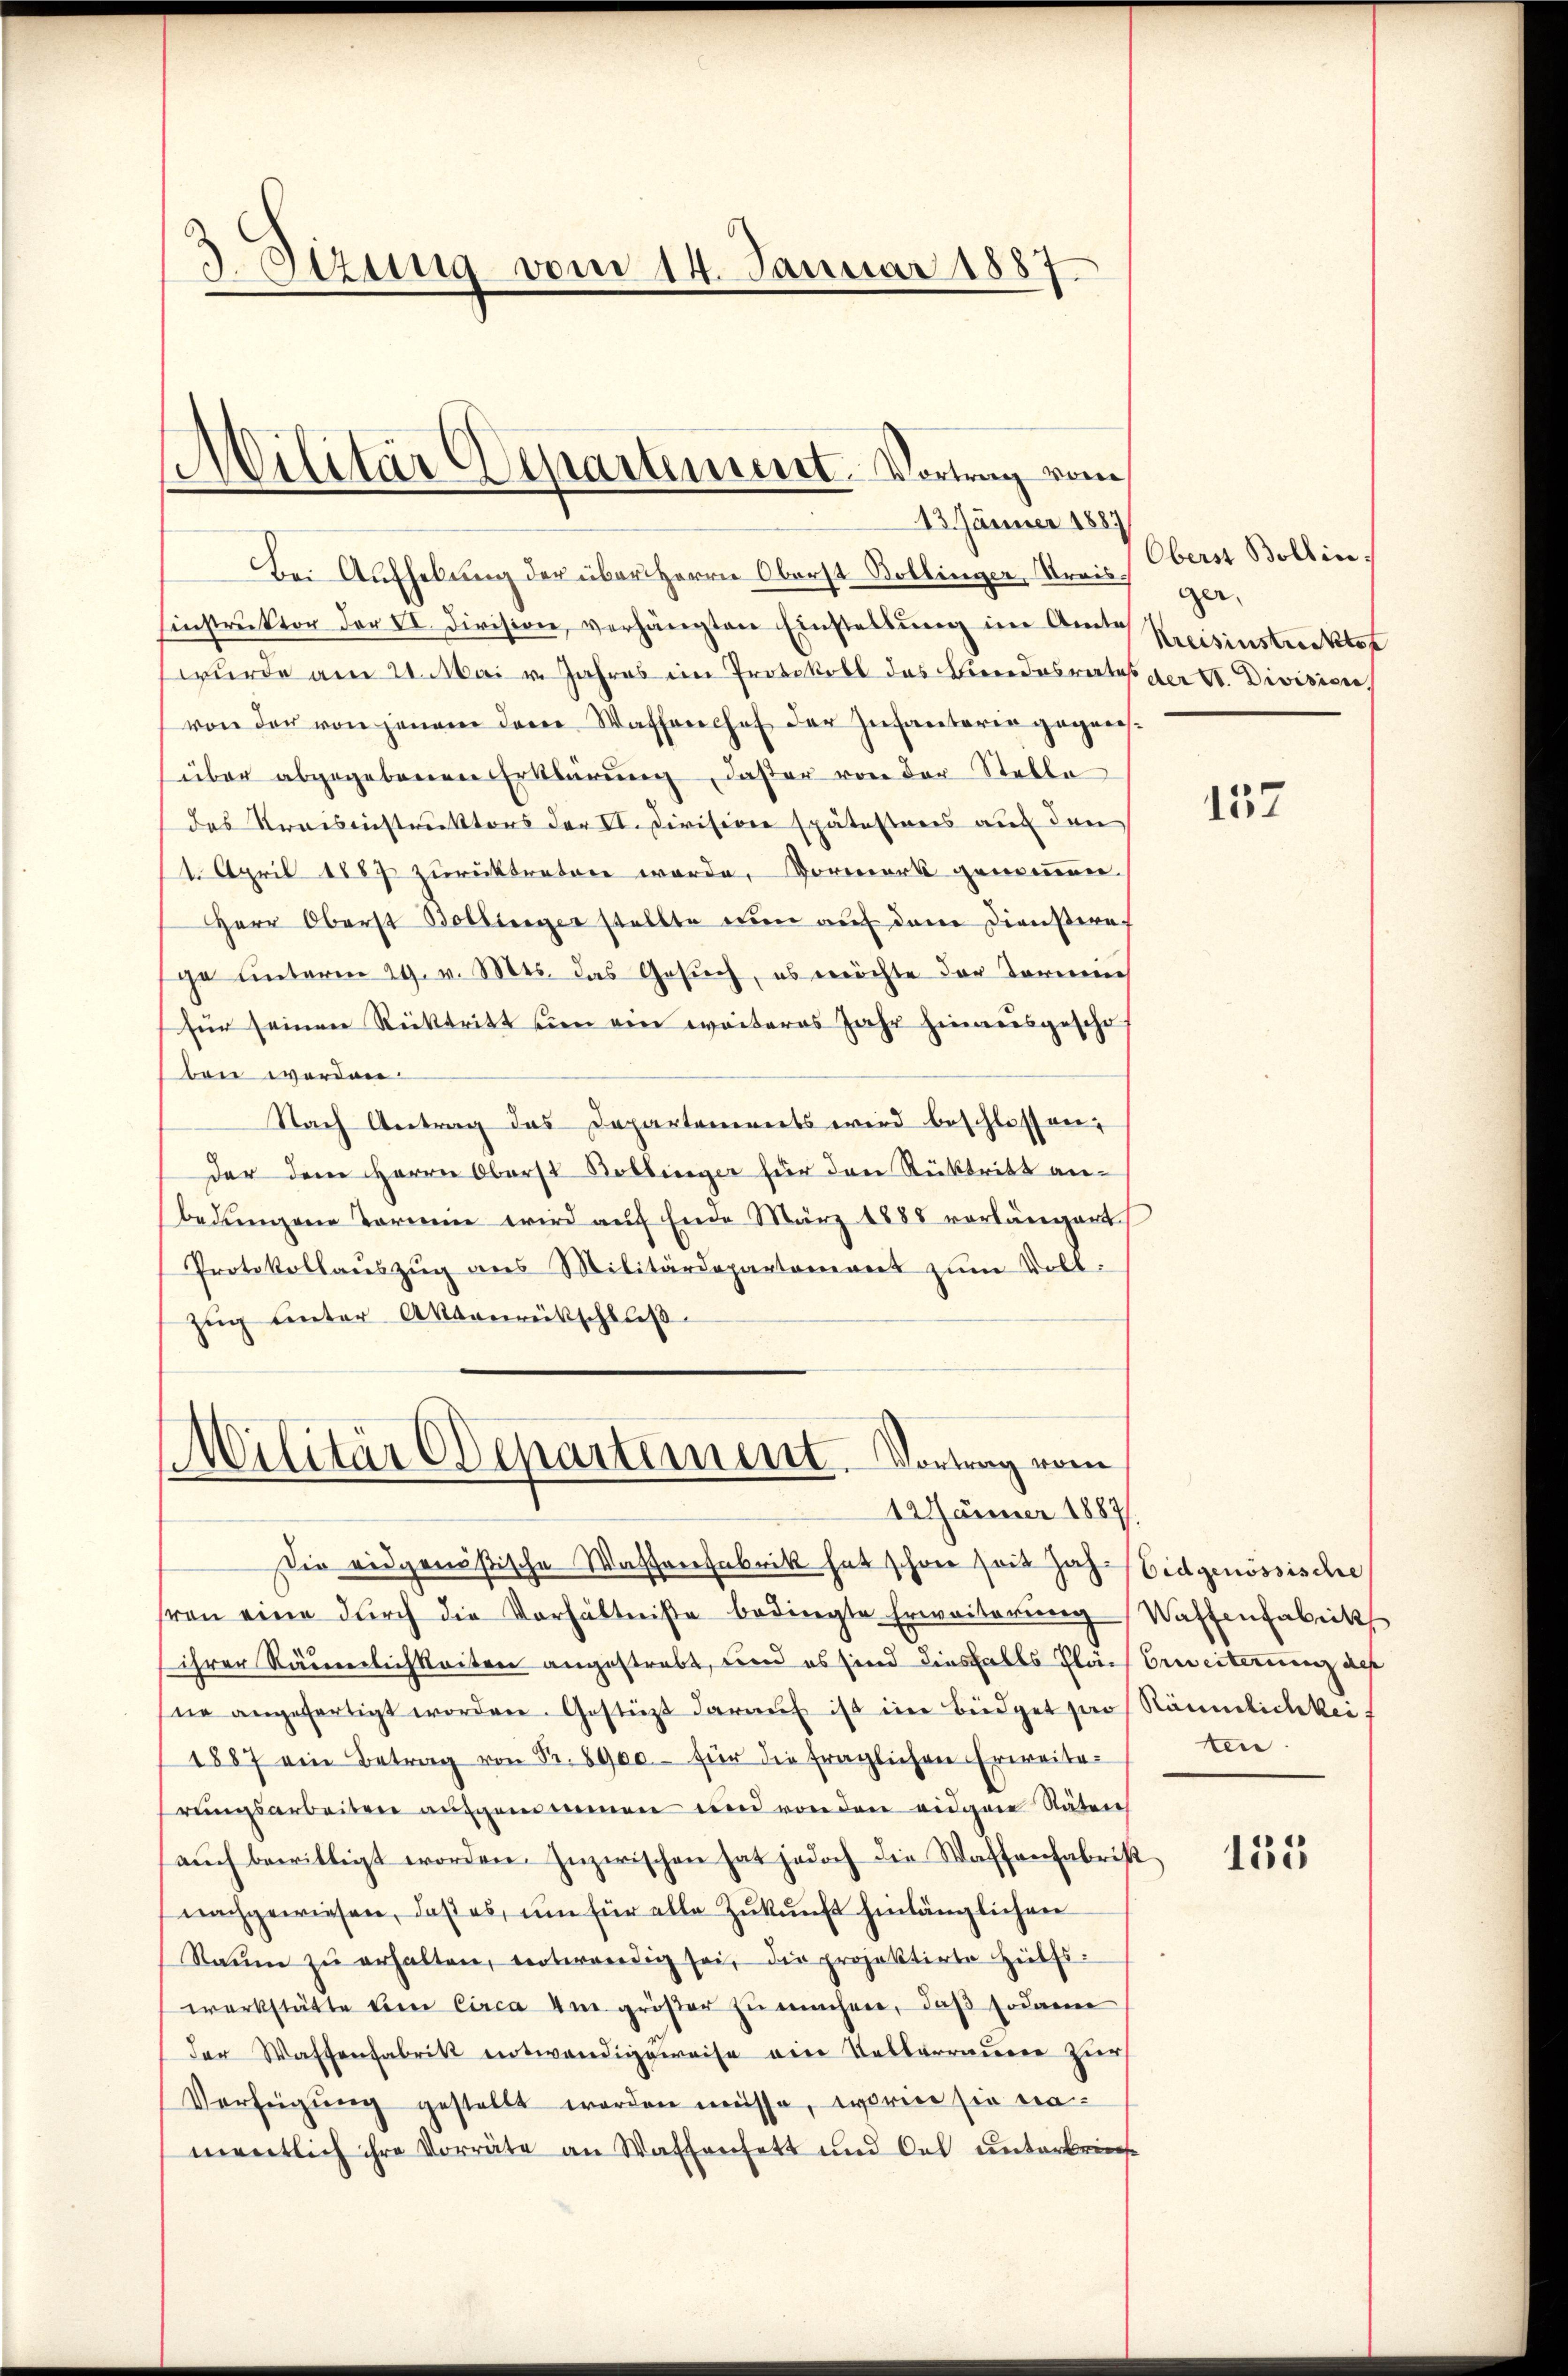
Sizung vom 14. Januar 1887

Militär Departement. Vortrag vom
13. Jänner 1887

Militär Departement. Vortrag vom
12Jänner 1887,

Bei Aufhebung der über Herrn Oberst Bollinger Streis¬
Einstruktor der II. Division, verhängten Einstellung im Amtes
wurde am 21. Mai v. Jahres im Protokoll des Kindesrates der E. Divisione
von der von jenem dene Wafferechef der Infanteria gegensüber abgegebenen Erklärung, daßer von der Stelle
des Kreisinstruktors der II. Divisione spätesteres auf den
1. April 1887 zurücktreten werde. Vormerk genommen.
Herr Oberst Bollienger stellte nun auf dem Diensteraf
ge unterm 29. v. Mts. das Gesŭch, es möchte der Termin
für seinen Rücktritt seien ein weiteres Jahr hierausgesche
ben worden
Nach Antrag das Departements wird beschlossen,
der dem Herrn Oberst Bollinger für den Rücktritt anbedungene Termin wird auf Ende März 1888 vorlängert
Protokollaŭszŭg ans Militärdepartement zum Voll¬
Zŭg ŭnter Aktenrütschluß

Die eidgenößische Wasserfabrik hat schon von Jahr Eidgenössische
sren eine durch die Verhältniße bedingte Erweiterung Waffenfabrik
ihrer Räumlichkeiten angestrebt, und es sind diesfalls Flach Erweiterung des
ne angefertigt worden. Gestützt darauf ist eine Büdget par Räumlichkeit
1887 ein Betrag von Fr. 8900.- für die fraglichen Erweiterungsarbeiten aufgemeinen und von den eidgene Näten
aŭch bewilligt worden. Inzwischen hat jedoch die Waffenfabrik
nachgewiesen, daß es, um für alle Zukunft hinlänglichen
Raŭm zŭ erhalten, notwendig sei, die projektirte Hülfs-
werkstätte kein Circa 4m größer zu machen, daß sodann
der Wastenfabrik entwendige weise ein Vellarrauern zur
Verfügŭng gestellt worden müsse, worin sie namentlich ihre Vorräte an Waffensett und Oel unterbriefe

Oberst Bollin.
ger.
Kreisinstreckter

137

ten.

135